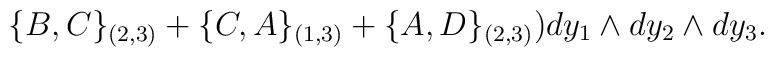
\{B,C\}_{(2,3)}+\{C,A\}_{(1,3)}+\{A,D\}_{(2,3)})dy_{1} \wedge dy_2 \wedge dy_3.